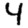
Digit: 4